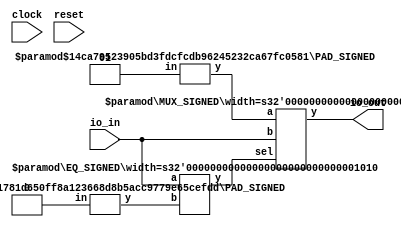
module EqModule(
    input clock,
    input reset,
    input [9:0] io_in,
    output [9:0] io_out
);
    wire _T_5;
    wire [9:0] _WTEMP_0;
    PAD_SIGNED #(.width(1), .n(10)) s_pad_1 (
        .y(_WTEMP_0),
        .in(1'sh0)
    );
    EQ_SIGNED #(.width(10)) s_eq_2 (
        .y(_T_5),
        .a(io_in),
        .b(_WTEMP_0)
    );
    wire [9:0] _T_7;
    wire [9:0] _WTEMP_1;
    PAD_SIGNED #(.width(2), .n(10)) s_pad_3 (
        .y(_WTEMP_1),
        .in(2'sh1)
    );
    MUX_SIGNED #(.width(10)) s_mux_4 (
        .y(_T_7),
        .sel(_T_5),
        .a(_WTEMP_1),
        .b(io_in)
    );
    assign io_out = _T_7;
endmodule //EqModule
module PAD_SIGNED(y, in);
    parameter width = 4;
    parameter n = 4;
    output [(n > width ? n : width)-1:0] y;
    input [width-1:0] in;
    assign y = n > width ? {{(n - width){in[width-1]}}, in} : in;
endmodule // PAD_SIGNED
module EQ_SIGNED(y, a, b);
    parameter width = 4;
    output y;
    input [width-1:0] a;
    input [width-1:0] b;
    assign y = $signed(a) == $signed(b);
endmodule // EQ_SIGNED
module MUX_SIGNED(y, sel, a, b);
    parameter width = 4;
    output [width-1:0] y;
    input sel;
    input [width-1:0] a;
    input [width-1:0] b;
    assign y = sel ? $signed(a) : $signed(b);
endmodule // MUX_SIGNED